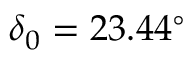
\delta _ { 0 } = 2 3 . 4 4 ^ { \circ }